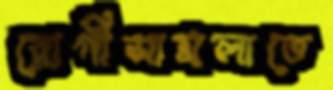
রোগীসামলাতে